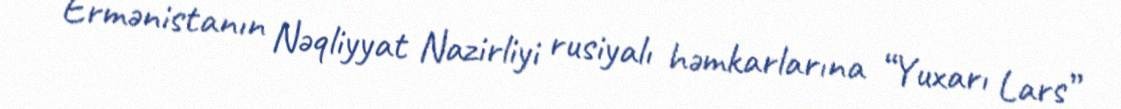
Ermənistanın Nəqliyyat Nazirliyi rusiyalı həmkarlarına “Yuxarı Lars”